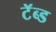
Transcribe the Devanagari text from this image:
टॅब्ड